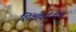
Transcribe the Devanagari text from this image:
शिक्षकांनीच